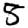
Digit: 5